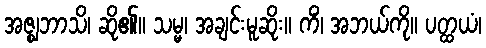
အဇ္ဈဘာသိ၊ ဆို၏။ သမ္မ၊ အချင်းမူဆိုး။ ကိံ၊ အဘယ်ကို။ ပတ္ထယံ၊